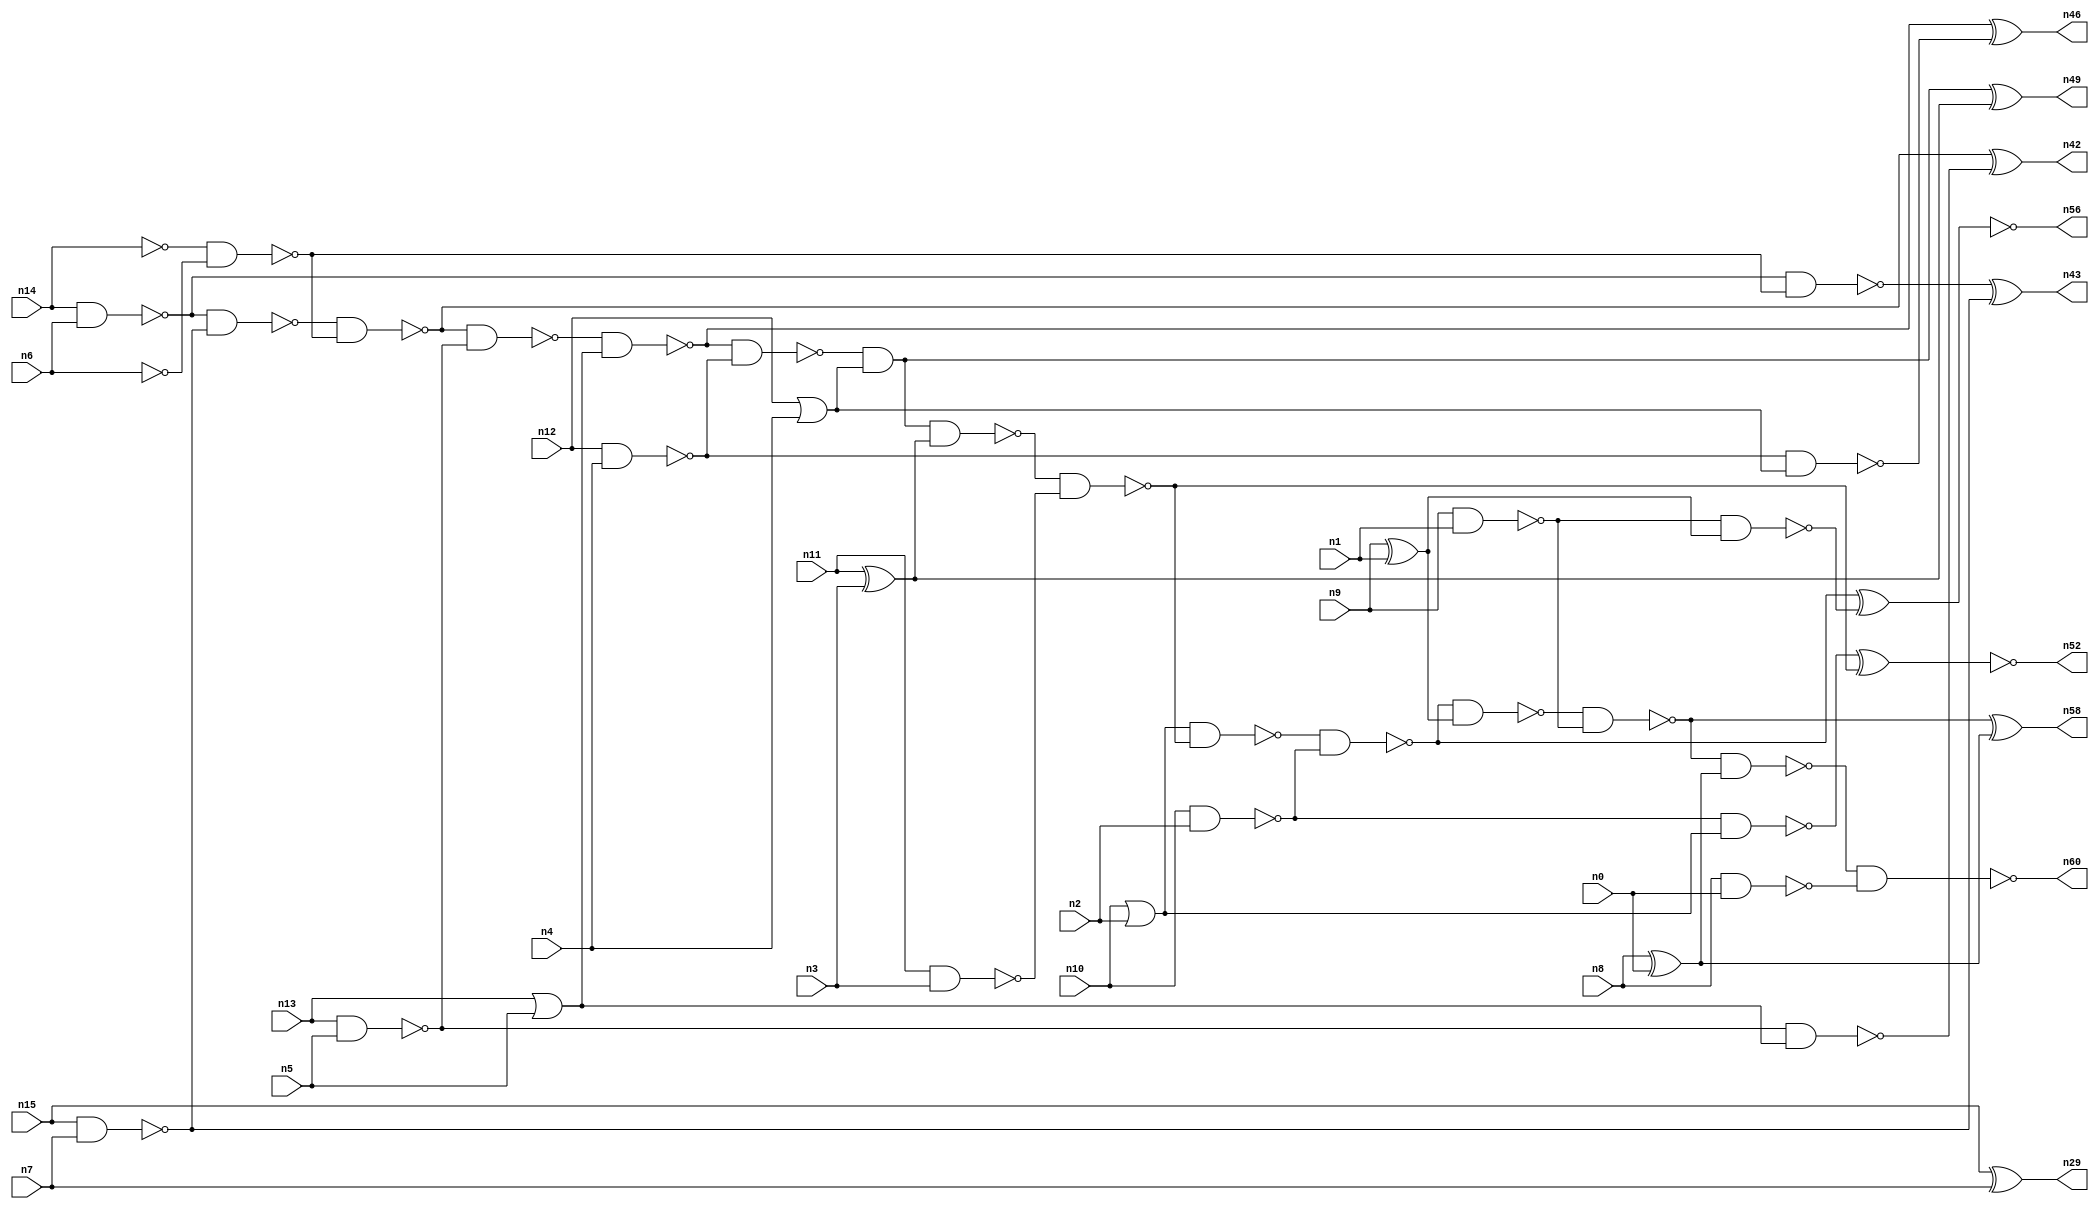
// This file contains a pareto-optimal circuit with respect to area and the fault-resilince parameter p_fault which is defined as:
// "For all input vectors, the ratio of the no. of faults observable at the POs to the no. of total possible faults in the circuit".
// This code is part of the ReCkt library (https://github.com/umar-afzaal/ReCkt) distributed under The MIT License.
// When used, please cite the following article(s):
// U. Afzaal, A.S. Hassan, M. Usman and J.A. Lee, "On the Evolutionary Synthesis of Increased Fault-resilience Arithmetic Circuits".

// p_fault = 96.5 %    (Lower is better)
// gates = 45.0
// levels = 15
// area = 56.3    (For MCNC library relative to nand2)
// power = 283.2 uW    (Berkely-SIS for MCNC library @ Vdd=5V and 20 MHz clock)
// delay = 16.3 ns    (Berkely-ABC for MCNC library)
// PDP = 4.61616e-12 J

// Pin mapping:
// {n0, n1, n2, n3, n4, n5, n6, n7} = A[7:0]
// {n8, n9, n10, n11, n12, n13, n14, n15} = B[7:0]
// {n60, n58, n56, n52, n49, n46, n42, n43, n29} = O[8:0]

module addr8u_area_3 (
n0, n1, n2, n3, n4, n5, n6, n7, n8, n9, n10, n11, n12, n13, n14, n15, 
n60, n58, n56, n52, n49, n46, n42, n43, n29
);

input n0, n1, n2, n3, n4, n5, n6, n7, n8, n9, n10, n11, n12, n13, n14, n15;
output n60, n58, n56, n52, n49, n46, n42, n43, n29;
wire n30, n24, n18, n17, n59, n51, n45, n36, n47, n20, n37, n23, n16, n53, n40, n48, n21, n25, n41, n54, 
n27, n33, n28, n22, n38, n39, n57, n31, n19, n44, n34, n32, n26, n50, n35, n55;

or (n16, n10, n2);
nand (n17, n10, n2);
nand (n18, n14, n6);
or (n19, n12, n4);
nand (n20, n8, n0);
nand (n21, n13, n5);
nand (n22, n6, n6);
xor (n23, n8, n0);
nor (n24, n14, n14);
xnor (n25, n9, n1);
nand (n26, n9, n1);
or (n27, n13, n5);
nand (n28, n15, n7);
xor (n29, n15, n7);
nand (n30, n11, n3);
nand (n31, n12, n4);
xor (n32, n11, n3);
nand (n33, n31, n19);
nor (n34, n25, n25);
nand (n35, n24, n22);
nand (n36, n18, n28);
nand (n37, n17, n16);
nand (n38, n21, n27);
nand (n39, n36, n35);
nand (n40, n18, n35);
nand (n41, n26, n34);
xor (n42, n39, n38);
xor (n43, n40, n28);
nand (n44, n39, n21);
nand (n45, n44, n27);
xor (n46, n45, n33);
nand (n47, n45, n31);
and (n48, n47, n19);
xor (n49, n48, n32);
nand (n50, n48, n32);
nand (n51, n50, n30);
xnor (n52, n37, n51);
nand (n53, n16, n51);
nand (n54, n53, n17);
nand (n55, n54, n34);
xnor (n56, n54, n41);
nand (n57, n55, n26);
xor (n58, n57, n23);
nand (n59, n57, n23);
nand (n60, n59, n20);

endmodule